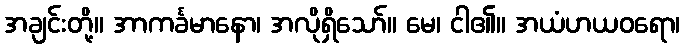
အချင်းတို့။ အာကင်္ခမာနော၊ အလိုရှိသော်။ မေ၊ ငါ၏။ အယံဟယဝရော၊